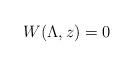
LaTeX: \begin{align*}W(\Lambda,z)=0\end{align*}